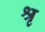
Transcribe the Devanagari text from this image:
श्रृ